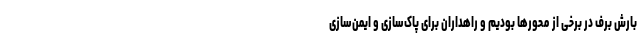
بارش برف در برخی از محورها بودیم و راهداران برای پاک‌سازی و ایمن‌سازی